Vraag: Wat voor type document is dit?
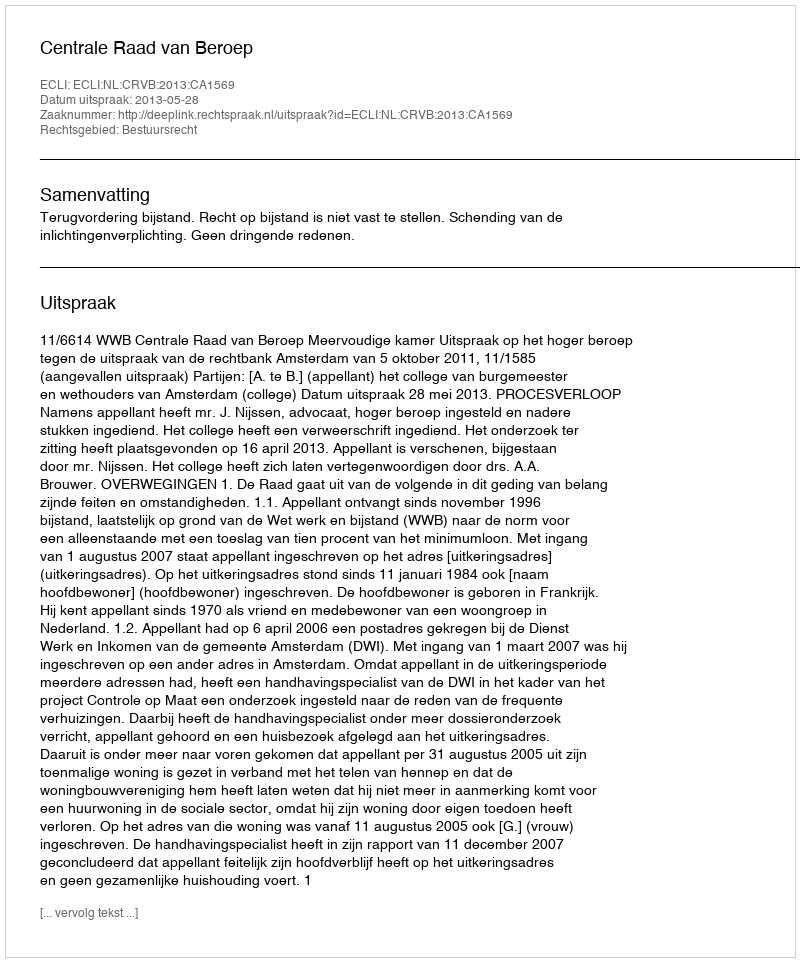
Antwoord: Uitspraak